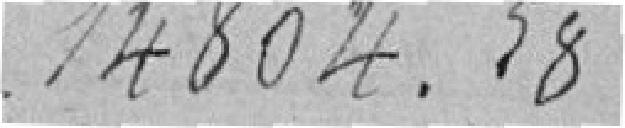
14804.58